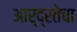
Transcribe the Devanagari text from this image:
आर्द्रतेचा